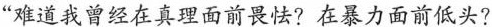
“难道我曾经在真理面前畏怯?在暴力面前低头?